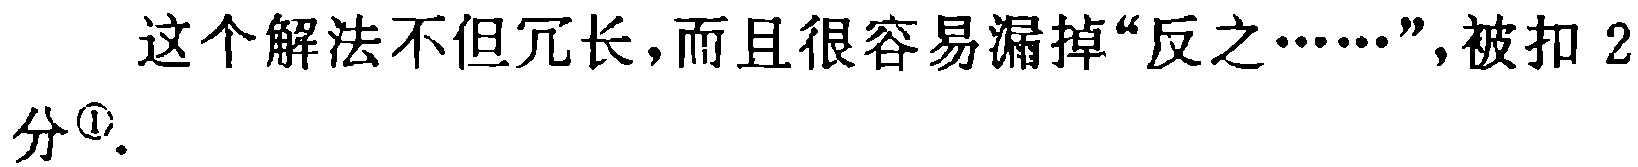
这个解法不但冗长，而且很容易漏掉“反之……”，被扣 2分\(^{\textcircled{1}}\).